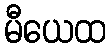
မီယေထ